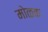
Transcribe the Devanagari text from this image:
मोळक